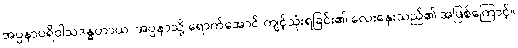
အပ္ပနာပရိဝါသဒန္ဓတာယ၊ အပ္ပနာသို့ ရောက်အောင် ကျင့်သုံးရခြင်း၏ လေးနှေးသည်၏ အဖြစ်ကြောင့်။